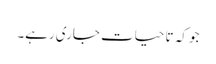
جو کہ تا حیات جاری رہے۔